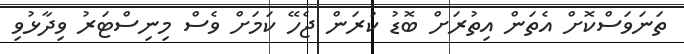
ތަނަވަސްކޮށް އެތަން އިތުރަށް ބޮޑު ކުރަން ޖެހޭ ކަމަށް ވެސް މިނިސްޓަރު ވިދާޅުވި